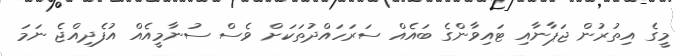
މީގެ އިތުރުން ޖަޕާނާއި ޓައިވާންގެ ބައެއް ސަރަހައްދުތަކަށް ވެސް ސުނާމީއެއް އުފެދިއްޖެ ނަމަ